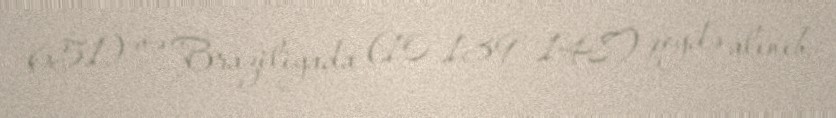
651) və Braziliyada (10 139 148) qeydə alınıb.